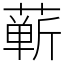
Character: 蕲